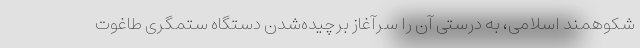
شکوهمند اسلامی، به درستی آن را سرآغاز برچیده‌شدن دستگاه ستمگری طاغوت